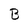
Character: B